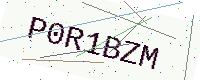
Text: P0R1BZM